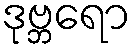
ဒုဗ္ဘရော